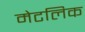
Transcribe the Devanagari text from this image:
मेटलिक